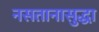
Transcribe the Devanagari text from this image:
नसतानासुद्धा